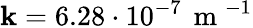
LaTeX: \mathbf{k}=6.28\cdot10^{-7}\, \mathrm{{~m~}}^{-1}